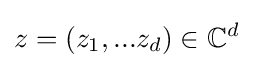
z=(z_{1},...z_{d})\in \mathbb {C} ^{d}